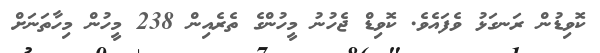
ކޮވިޑުން ރަނގަޅު ވެފައެވެ. ކޮވިޑް ޖެހުނު މީހުންގެ ތެރެއިން 238 މީހުން މިހާތަނަށް